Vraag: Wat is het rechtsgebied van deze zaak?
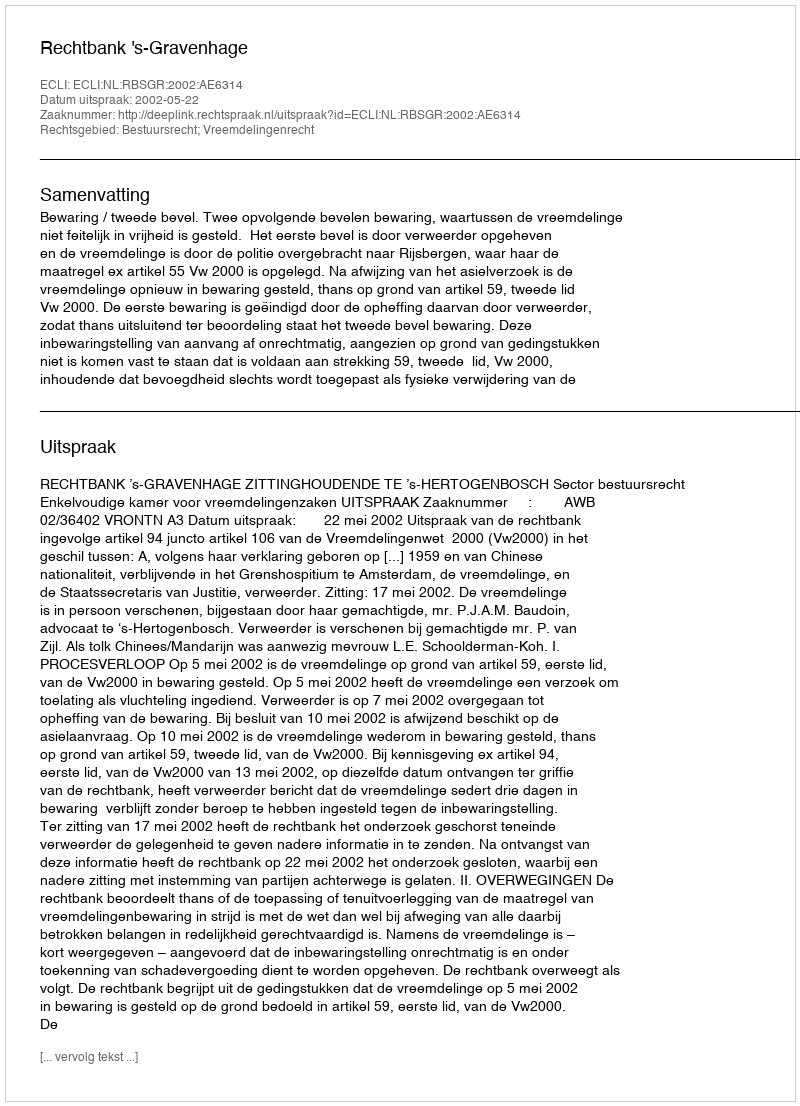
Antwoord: Bestuursrecht; Vreemdelingenrecht